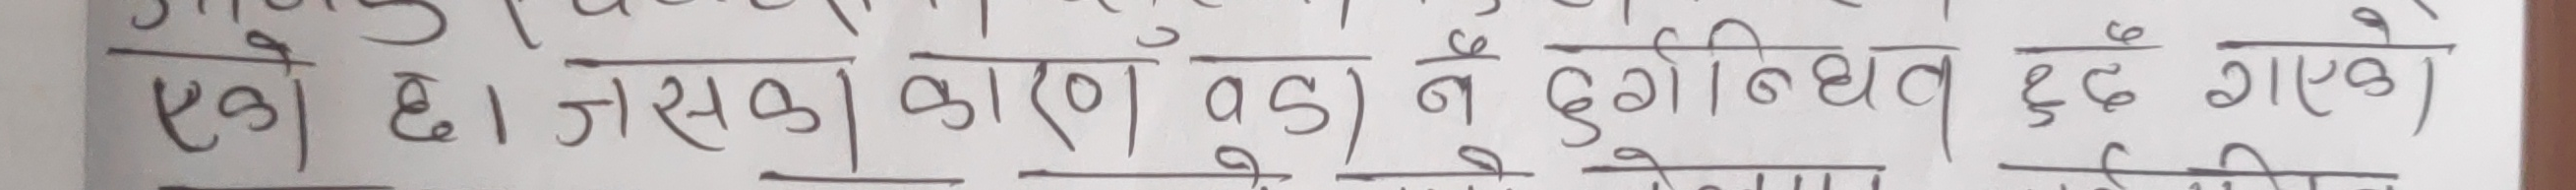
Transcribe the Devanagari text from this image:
एको छ। जसका कारण व ड) ने दुर्गनिधत छ दु गएको।